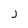
Character: j